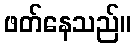
ဖတ်နေသည်။